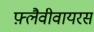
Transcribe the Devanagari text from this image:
फ़्लैवीवायरस